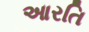
આરતિ